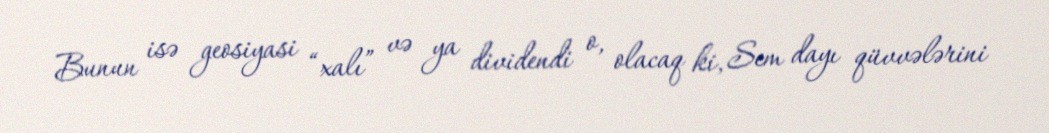
Bunun isə geosiyasi “xalı” və ya dividendi o, olacaq ki, Sem dayı qüvvələrini